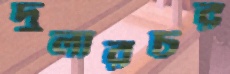
দুলারচর